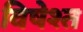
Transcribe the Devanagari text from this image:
विषेश्त